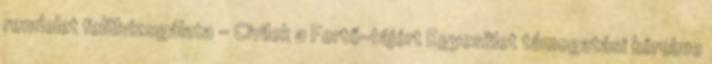
rendelet felülvizsgálata - Civilek a Fertő-tájért Egyesület támogatási kérelme